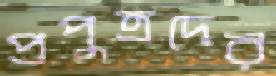
প্রপুত্রদের